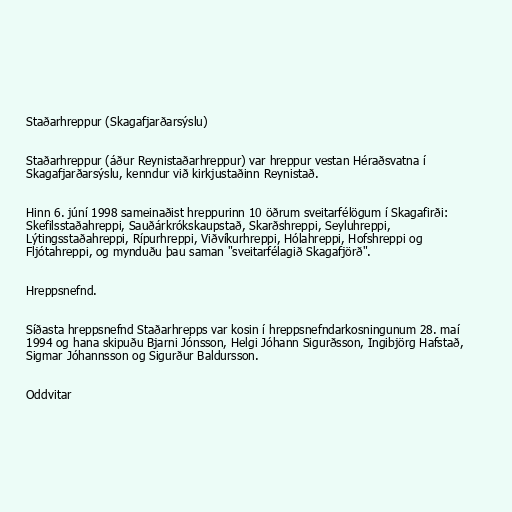
Staðarhreppur (Skagafjarðarsýslu)

Staðarhreppur (áður Reynistaðarhreppur) var hreppur vestan Héraðsvatna í
Skagafjarðarsýslu, kenndur við kirkjustaðinn Reynistað.

Hinn 6. júní 1998 sameinaðist hreppurinn 10 öðrum sveitarfélögum í Skagafirði:
Skefilsstaðahreppi, Sauðárkrókskaupstað, Skarðshreppi, Seyluhreppi,
Lýtingsstaðahreppi, Rípurhreppi, Viðvíkurhreppi, Hólahreppi, Hofshreppi og
Fljótahreppi, og mynduðu þau saman "sveitarfélagið Skagafjörð".

Hreppsnefnd.

Síðasta hreppsnefnd Staðarhrepps var kosin í hreppsnefndarkosningunum 28. maí
1994 og hana skipuðu Bjarni Jónsson, Helgi Jóhann Sigurðsson, Ingibjörg Hafstað,
Sigmar Jóhannsson og Sigurður Baldursson.

Oddvitar